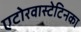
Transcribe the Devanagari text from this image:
एटोरवास्टेटिनका